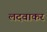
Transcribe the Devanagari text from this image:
लदवाकर